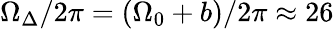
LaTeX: \Omega_{\Delta}/2\pi=(\Omega_{0}+b)/2\pi\approx 26